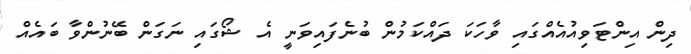
ދިން އިންޓަވިއުއެއްގައި ވާހަކަ ދައްކަމުން ބުނެފައިވަނީ އެ ޝޯގައި ނަގަން ބޭނުންވާ ބައެއް